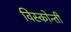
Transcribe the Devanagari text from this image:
विस्कोन्ती